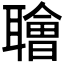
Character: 𫆑